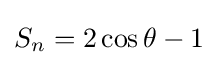
S_{n}=2\cos \theta -1